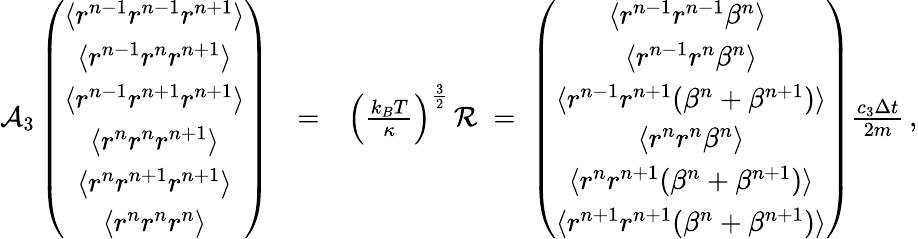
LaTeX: \begin{array}{rlr}{{\cal A}_{3}\left(\begin{array}{c}{\langle r^{n-1}r^{n-1}r^{n+1}\rangle}\\ {\langle r^{n-1}r^{n}r^{n+1}\rangle}\\ {\langle r^{n-1}r^{n+1}r^{n+1}\rangle}\\ {\langle r^{n}r^{n}r^{n+1}\rangle}\\ {\langle r^{n}r^{n+1}r^{n+1}\rangle}\\ {\langle r^{n}r^{n}r^{n}\rangle}\end{array}\right)}&{=}&{\left(\frac{k_{B}T}{\kappa}\right)^{\frac{3}{2}}\, {\cal R}\; =\; \left(\begin{array}{c}{\langle r^{n-1}r^{n-1}\beta^{n}\rangle\ }\\ {\langle r^{n-1}r^{n}\beta^{n}\rangle}\\ {\langle r^{n-1}r^{n+1}(\beta^{n}+\beta^{n+1})\rangle}\\ {\langle r^{n}r^{n}\beta^{n}\rangle}\\ {\langle r^{n}r^{n+1}(\beta^{n}+\beta^{n+1})\rangle}\\ {\langle r^{n+1}r^{n+1}(\beta^{n}+\beta^{n+1})\rangle}\end{array}\right)\frac{c_{3}\Delta{t}}{2m}\, ,}\end{array}